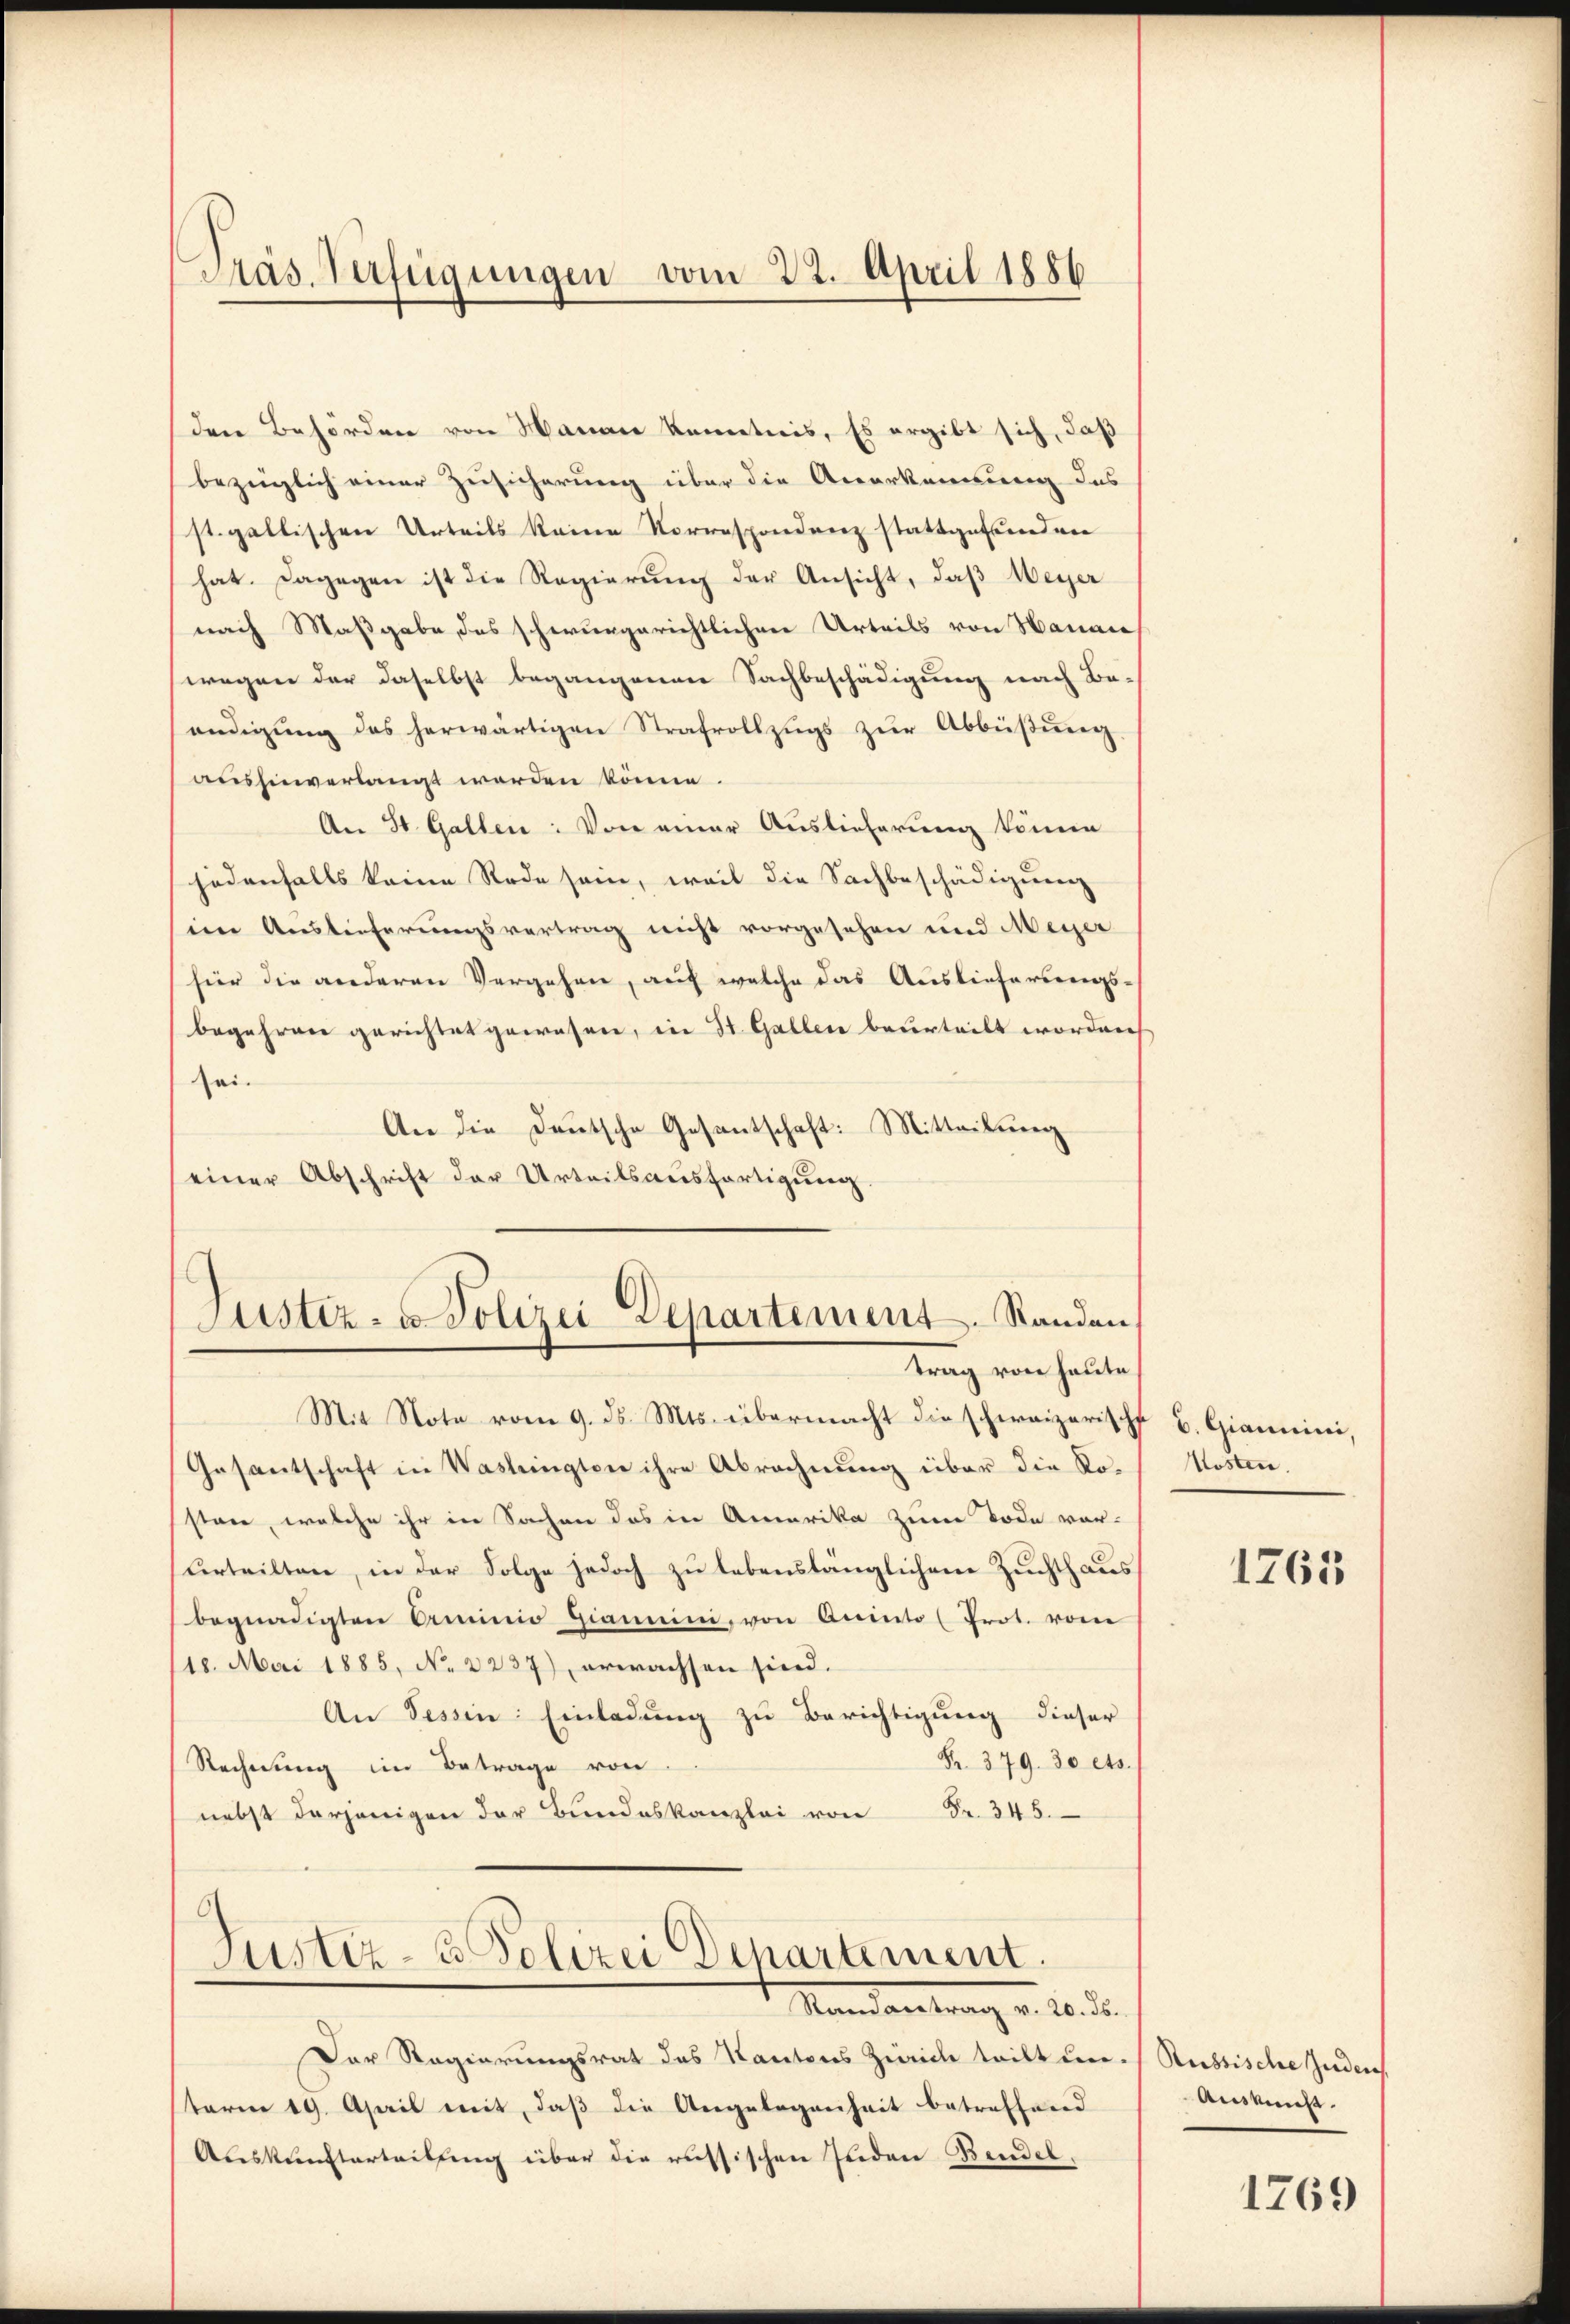
den Behörden von Manan kenntnis, Es ergibt sich, daß
bezüglich einer Zusicherung über die Anerkennung des
st. gallischen Urteils keine Vorrespondenz stattgefunden
hat. Dagegen ist die Regierung der Ansicht, daß Weyer
nach Maßgabe, das schwurgerichtlichen Urteils von Hauai
wegen der daselbst begangenen Sachbeschädigung nach Be-
endigung des herwärtigen Strafvollzugs zur Abbüßung
aushinverlangt werden könne.
An St. Gallen: Von einer Auslieferung können
jedenfalls keine Rede sein, weil die Sachbeschädigung
iin Auslieferungsvertrag nicht vorgesehen und Meyer
für die anderen Vergehen, auf welche das Auslieferungs-
begehren gerichtet gewesen, in St. Gallen beurteilt worden
sei.
An die Deutsche Gesantschaft: Mitteilung
einer Abschrift der Urteilsausfertigung.

Präs. Verfügungen vom 22. April 1886

Mit Note vom 9. ds. Mts. übermacht die schweizerische B. Giannini,
Gesantschaft in Wastringten ihre Abrechnung über die Ro-
sten, welche ihr in Sachen das in Amerika zum Tode vor-
Urteilten, in der Folge jedoch zu lebenslänglichen Zuchthaus
begnadigten Arminio Giammini, von Aninto (Prot. vom
18. Mai 1885, No 2237), erwachsen sind.
An Tessin: Einladung zu Berichtigung dieser
Fr. 379. 30 cts.
Rechnung im Betrage von
nebst derjenigen der Bundeskanzlei von Fr. 345.

Justiz- u. Polizei Departement. Standen,
trag von heute

Justiz- & Polizei Departement.
Mandametrag v. 10. d.

Der Regierungsrat des Kantons Zürich teilt un
term 19. April mit, daβ die Angelegenheit betreffend
Auskunfterteilung über die russischen Inden Bendel,

Kosten.

1765

Russische Juden
Aussicht.

1769